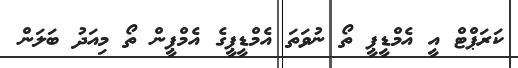
ކަރަޕްޓް އީ އެމްޑީޕީ ތޯ ނުވަތަ އެމްޑީޕީގެ އެމްޕީން ތޯ މިއަދު ބަލަން